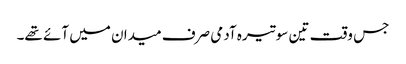
جس وقت تین سو تیرہ آدمی صرف میدان میں آئے تھے۔